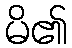
မိ၏